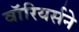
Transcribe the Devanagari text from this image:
वॉरियर्सने